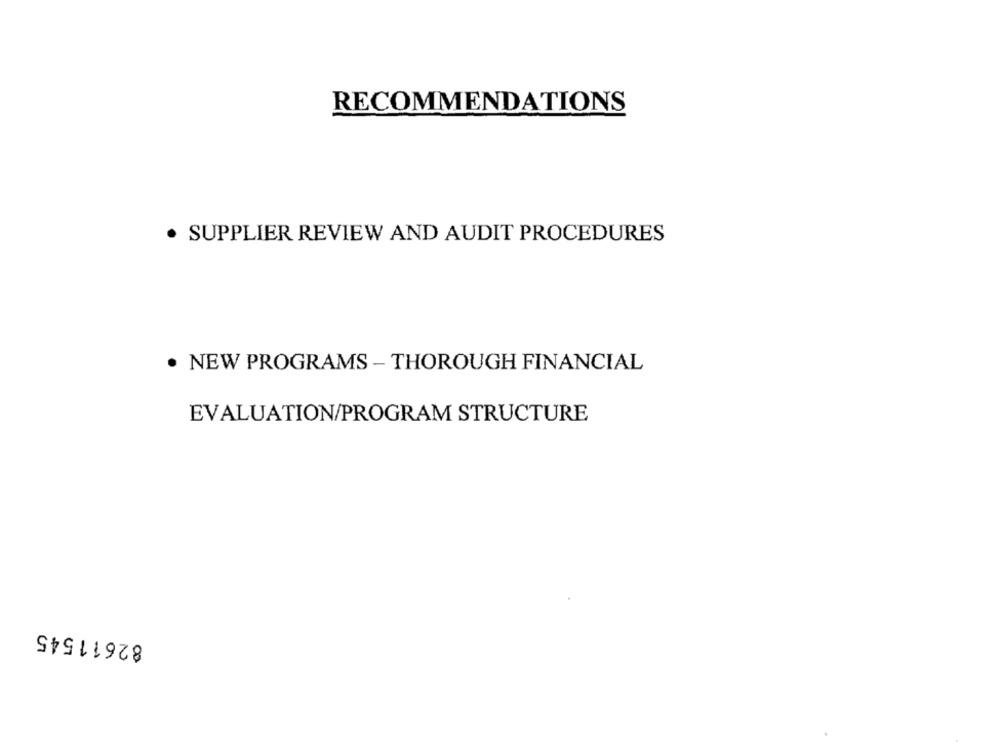
RECOMMENDATIONS
· SUPPLIER REVIEW AND AUDIT PROCEDURES
. NEW PROGRAMS - THOROUGH FINANCIAL
EVALUATION/PROGRAM STRUCTURE
82611545